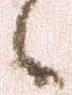
候